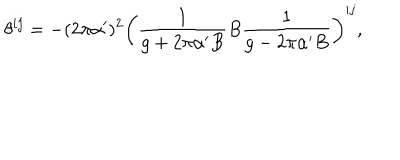
\theta ^ { i j } = - ( 2 \pi \alpha ^ { \prime } ) ^ { 2 } \left( \frac { 1 } { g + 2 \pi \alpha ^ { \prime } B } B \frac { 1 } { g - 2 \pi \alpha ^ { \prime } B } \right) ^ { i j } ,